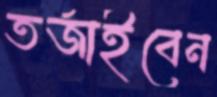
তর্জাইবেন